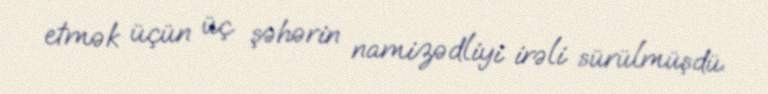
etmək üçün üç şəhərin namizədliyi irəli sürülmüşdü.